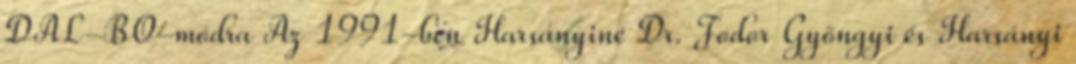
DAL-BO-módra Az 1991-ben Harsányiné Dr. Fodor Gyöngyi és Harsányi